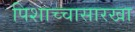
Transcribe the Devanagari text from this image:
पिशाच्चासारखा